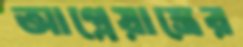
আগ্নেয়াস্ত্রের